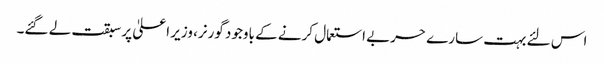
اس لئے بہت سارے حربے استعمال کرنے کے باوجود گورنر، وزیر اعلیٰ پر سبقت لے گئے۔